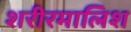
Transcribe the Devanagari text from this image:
शरीरमालिश